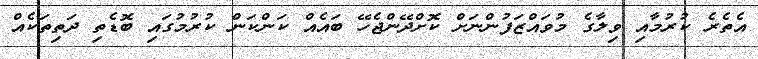
އެތެރެ ކުރުމާއި ވިލާގެ މުވައްޒަފުންނަށް ކޮށްދޭންޖެހޭ ބައެއް ކަންކަން ކުރުމުގައި ބޮޑެތި ދަތިތަކެއް